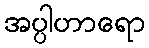
အပ္ပါဟာရော